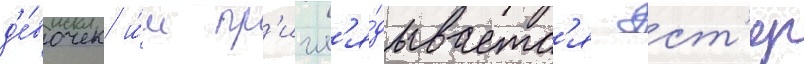
д'е́вочек и́м пр'игл'я́дываетс'я эст'ер